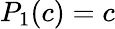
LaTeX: P_{1}(c)=c